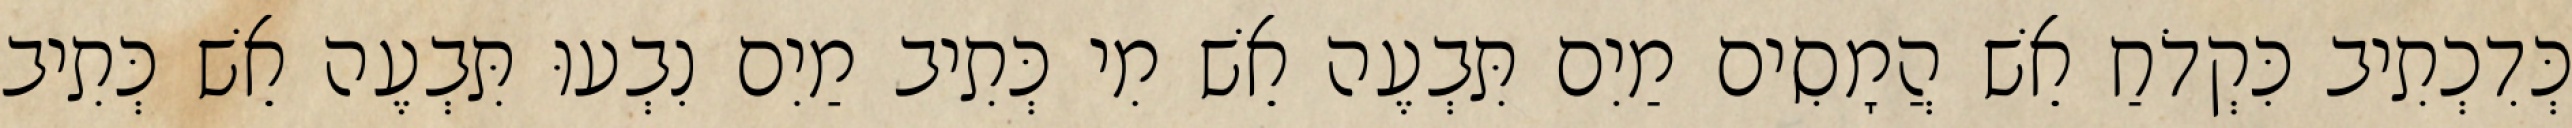
כְּדִכְתִיב כִּקְדֹחַ אֵשׁ הֲמָסִים מַיִם תִּבְעֶה אֵשׁ מִי כְּתִיב מַיִם נִבְעוּ תִּבְעֶה אֵשׁ כְּתִיב